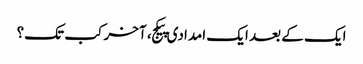
ایک کے بعد ایک امدادی پیکج، آخر کب تک؟